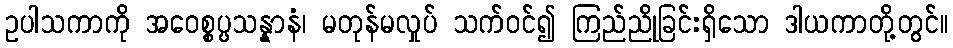
ဥပါသကာကို အဝေစ္စပ္ပသန္နာနံ၊ မတုန်မလှုပ် သက်ဝင်၍ ကြည်ညိုခြင်းရှိသော ဒါယကာတို့တွင်။